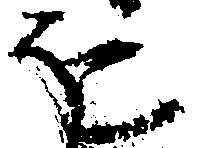
を